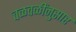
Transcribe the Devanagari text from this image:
चळवळींनुसार